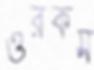
ওরকম